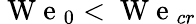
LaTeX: \mathrm{~W~e~}_{0}<\mathrm{~W~e~}_{cr}